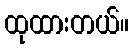
ထုထားတယ်။